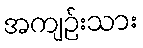
အကျဉ်းသား